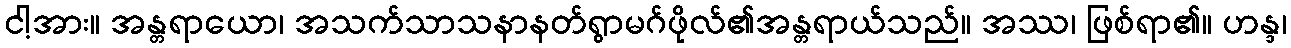
ငါ့အား။ အန္တရာယော၊ အသက်သာသနာနတ်ရွာမဂ်ဖိုလ်၏အန္တရာယ်သည်။ အဿ၊ ဖြစ်ရာ၏။ ဟန္ဒ၊